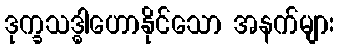
ဒုက္ခသဒ္ဓါဟောနိုင်သော အနက်များ